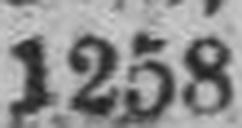
1258